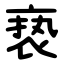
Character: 亵